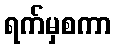
ရက်မှစကာ